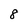
Character: 8